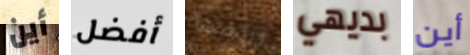
أين أفضل ورائها بديهي أين